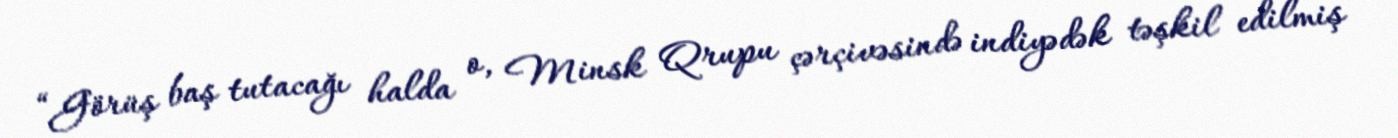
“Görüş baş tutacağı halda o, Minsk Qrupu çərçivəsində indiyədək təşkil edilmiş